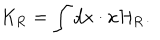
\mathrm { K } _ { \mathrm { R } } = \int d x \cdot x { \cal H } _ { \mathrm { R } } .